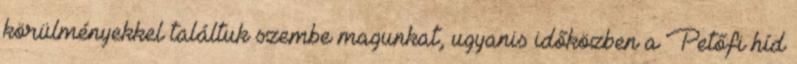
körülményekkel találtuk szembe magunkat, ugyanis időközben a Petőfi híd